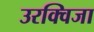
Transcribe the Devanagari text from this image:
उरक्विजा